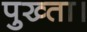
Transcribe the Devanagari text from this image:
पुख्ता।